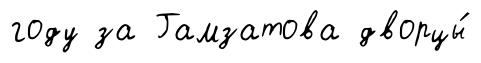
году за Гамзатова дворцы́